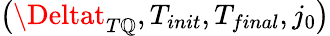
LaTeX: \left(\Deltat_{T\mathbb{Q}},T_{init},T_{final},j_{0}\right)